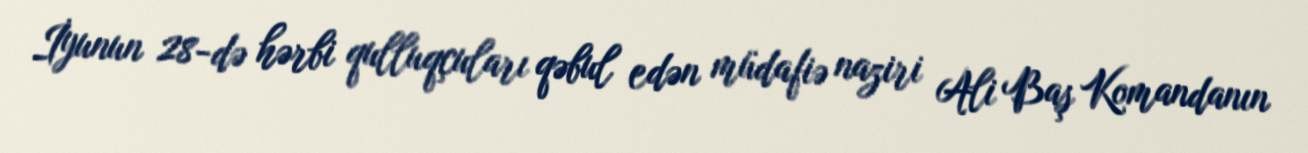
İyunun 28-də hərbi qulluqçuları qəbul edən müdafiə naziri Ali Baş Komandanın